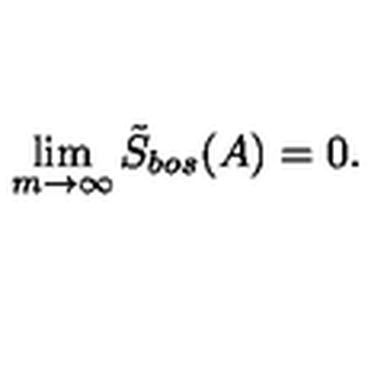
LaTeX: \lim _ { m \rightarrow \infty } \tilde { S } _ { b o s } ( A ) = 0 .